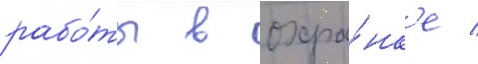
рабо́ты в охра́нк'е /